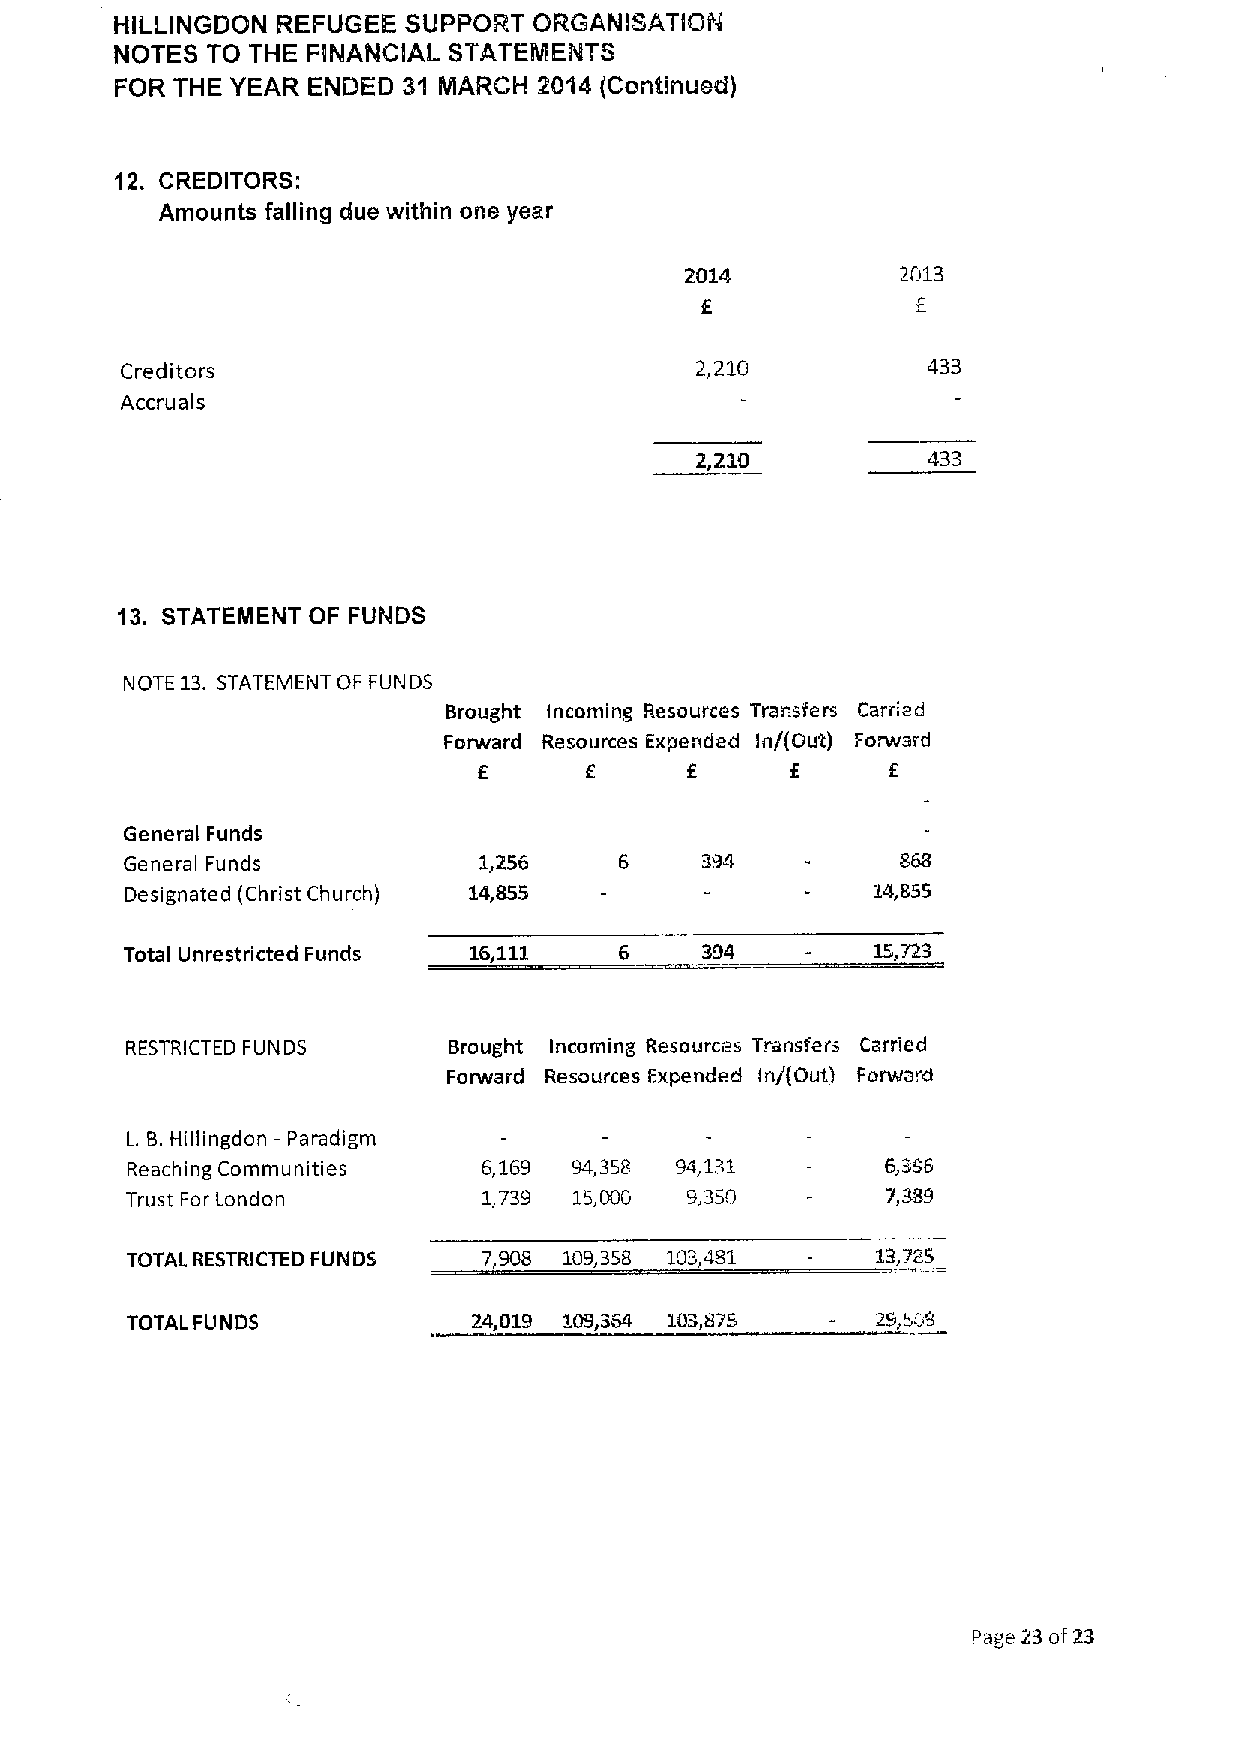
HILLINGDON REFUGEE SUPPORT ORGANISATION
 NOTES TO THE FllNANCIAL STATEMENTS
 FOR THE YEAR ENDED 31 MARCH 2i)14 tContinued)
 12. CREDITORS:
 Amounts falling due within one year
 2013
 Creditors                             2,210          433
 Accru als
 433
 13. STATEMENT OF FUNDS
 NOTE 13. STATEMENT OF FUNDS
 Brought Incoming Resources Transfers Carried
 Forward Resources Expended In/(Out) Forward
 GeneralFunds
 General Funds           1,256
 Designated (Christ Church) 14,855
 Total Unrestricted Funds 16,111  6    394         1S,723
 RESTRICTED FUNDS      Brought Incoming Resources Transfers Carried
 Forward Resources Expended In/(Out) Forward
 L B.Hillingdon —Paradigm
 Reaching Communities    6,169 94,358 94,131
 Trust For London        1,739 15,000 9,350
 TOTAL RESTRICTED FUNI3S 7,908 109,358 103,481
 TOTAL FUNDS            24,019 109,364 103,875     29,508
 Page 23 of23